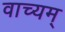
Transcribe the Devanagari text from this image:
वाच्यम्